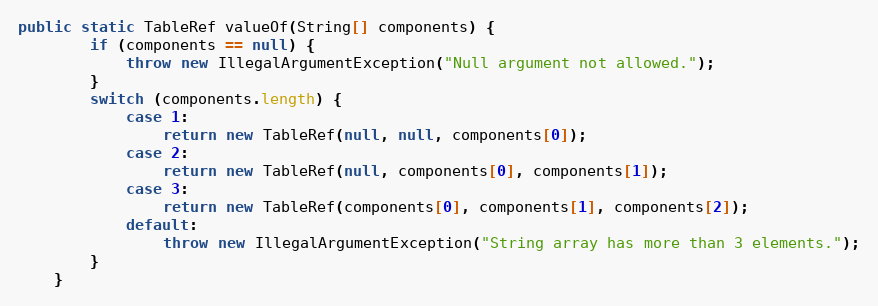
Language: Java
public static TableRef valueOf(String[] components) {
        if (components == null) {
            throw new IllegalArgumentException("Null argument not allowed.");
        }
        switch (components.length) {
            case 1:
                return new TableRef(null, null, components[0]);
            case 2:
                return new TableRef(null, components[0], components[1]);
            case 3:
                return new TableRef(components[0], components[1], components[2]);
            default:
                throw new IllegalArgumentException("String array has more than 3 elements.");
        }
    }